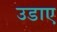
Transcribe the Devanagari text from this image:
उडाए